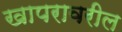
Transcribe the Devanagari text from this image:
खापरावरील